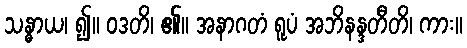
သန္ဓာယ၊ ၍။ ဝဒတိ၊ ၏။ အနာဂတံ ရူပံ အဘိနန္ဒတီတိ၊ ကား။